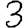
Digit: 3